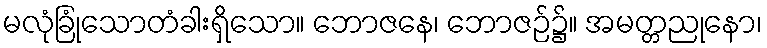
မလုံခြုံသောတံခါးရှိသော။ ဘောဇနေ၊ ဘောဇဉ်၌။ အမတ္တညုနော၊